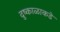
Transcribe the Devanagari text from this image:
दुष्काळाकडे